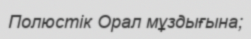
Полюстік Орал мұздығына;